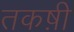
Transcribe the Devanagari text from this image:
तकष़ी